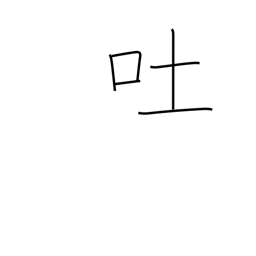
Meaning: vomit